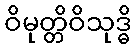
ဝိမုတ္တိဝိသုဒ္ဓိ